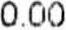
0.00